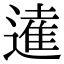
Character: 𨖫